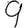
Digit: 9